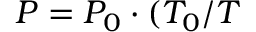
P = P _ { 0 } \cdot ( T _ { 0 } / T